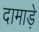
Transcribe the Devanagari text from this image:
दामाड़े